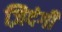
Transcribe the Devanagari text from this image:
ज़िदंगी